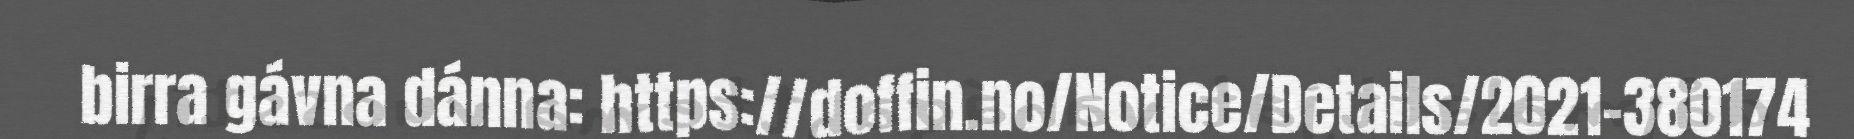
birra gávna dánna: https://doffin.no/Notice/Details/2021-380174